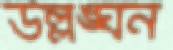
উল্লঙ্ঘন